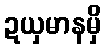
ဍယှမာနမှိ